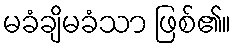
မခံချိမခံသာ ဖြစ်၏။